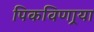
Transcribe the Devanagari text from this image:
पिकविणार्‍या